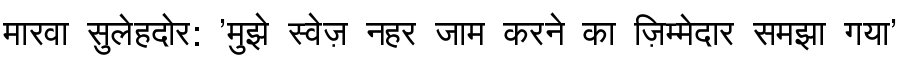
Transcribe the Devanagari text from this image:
मारवा सुलेहदोर: 'मुझे स्वेज़ नहर जाम करने का ज़िम्मेदार समझा गया'